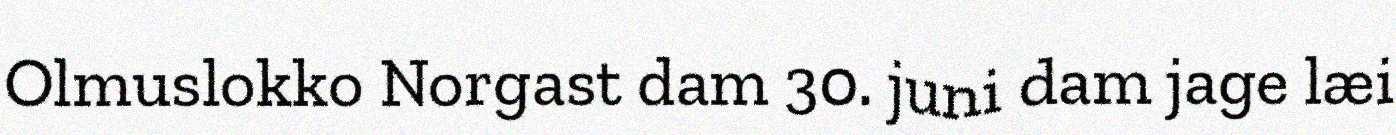
Olmuslokko Norgast dam 30. juni dam jage læi